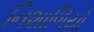
નિશાળિયો